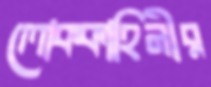
লোককাহিনীর